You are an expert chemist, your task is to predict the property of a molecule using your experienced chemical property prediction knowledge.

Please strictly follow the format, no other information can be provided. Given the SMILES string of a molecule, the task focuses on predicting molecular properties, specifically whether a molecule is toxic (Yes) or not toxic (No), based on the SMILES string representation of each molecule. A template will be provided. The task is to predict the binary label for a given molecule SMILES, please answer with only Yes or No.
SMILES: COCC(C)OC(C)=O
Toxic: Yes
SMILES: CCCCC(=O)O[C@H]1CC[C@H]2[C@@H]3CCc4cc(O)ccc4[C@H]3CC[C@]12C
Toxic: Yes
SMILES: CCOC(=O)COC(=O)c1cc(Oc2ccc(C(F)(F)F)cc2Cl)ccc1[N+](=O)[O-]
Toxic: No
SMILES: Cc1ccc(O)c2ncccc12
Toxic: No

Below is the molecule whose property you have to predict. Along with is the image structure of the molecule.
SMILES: COP(N)(=S)Oc1ccccc1C(=O)OC(C)C
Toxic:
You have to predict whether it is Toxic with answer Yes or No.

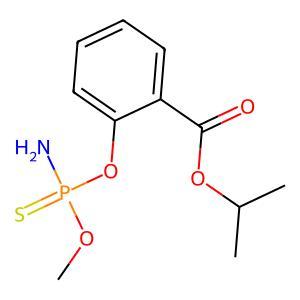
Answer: No